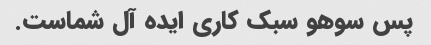
پس سوهو سبک کاری ایده آل شماست.